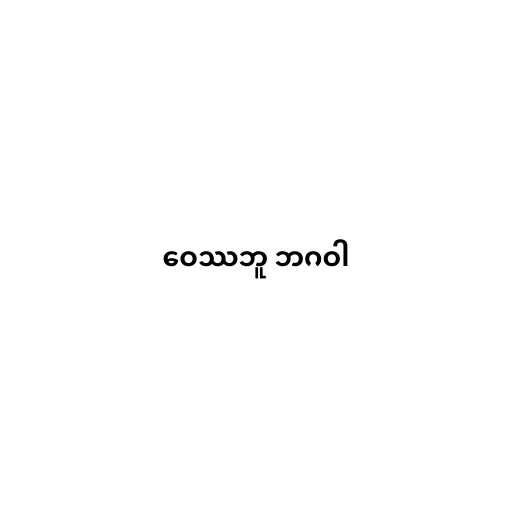
ဝေဿဘူ ဘဂဝါ